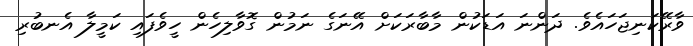
ވާރޭކަނިޖަހައެވެ. ދަންނަ އަޑަކުން މާބާރަކަށް އޭނަގެ ނަމުން ގޮވާލިހެން ހީވެފައި ކަމީލާ އެނބުރި